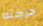
حركته